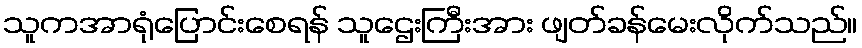
သူကအာရုံပြောင်းစေရန် သူဌေးကြီးအား ဖျတ်ခန်မေးလိုက်သည်။